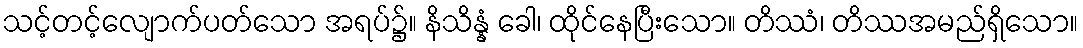
သင့်တင့်လျောက်ပတ်သော အရပ်၌။ နိသိန္နံ ခေါ၊ ထိုင်နေပြီးသော။ တိဿံ၊ တိဿအမည်ရှိသော။